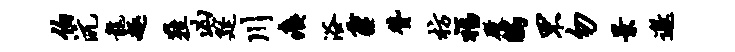
伯沆龙趣鞋凶筵川痍浴霾赞枋福殿鸱罘勿景邀